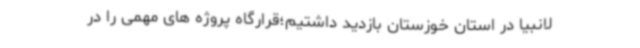
لانبیا در استان خوزستان بازدید داشتیم؛قرارگاه پروژه های مهمی را در